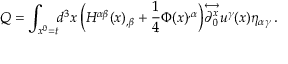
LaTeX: Q = \int _ { x ^ { 0 } = t } \! \! d ^ { 3 } x \, \Big ( H ^ { \alpha \beta } ( x ) _ { , \beta } + \frac { 1 } { 4 } \Phi ( x ) ^ { , \alpha } \Big ) { \stackrel { \longleftrightarrow } { \partial _ { 0 } ^ { x } } } u ^ { \gamma } ( x ) \eta _ { \alpha \gamma } \, .